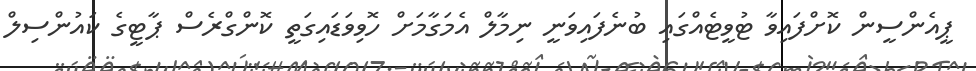
ޕީއެންސީން ކޮށްފައިވާ ޓުވީޓެއްގައި ބުނެފައިވަނީ ނިމާލް އެމަގާމަށް ހޮވިވަޑައިގަތީ ކޮންގްރެސް ޕާޓީގެ ކައުންސިލް